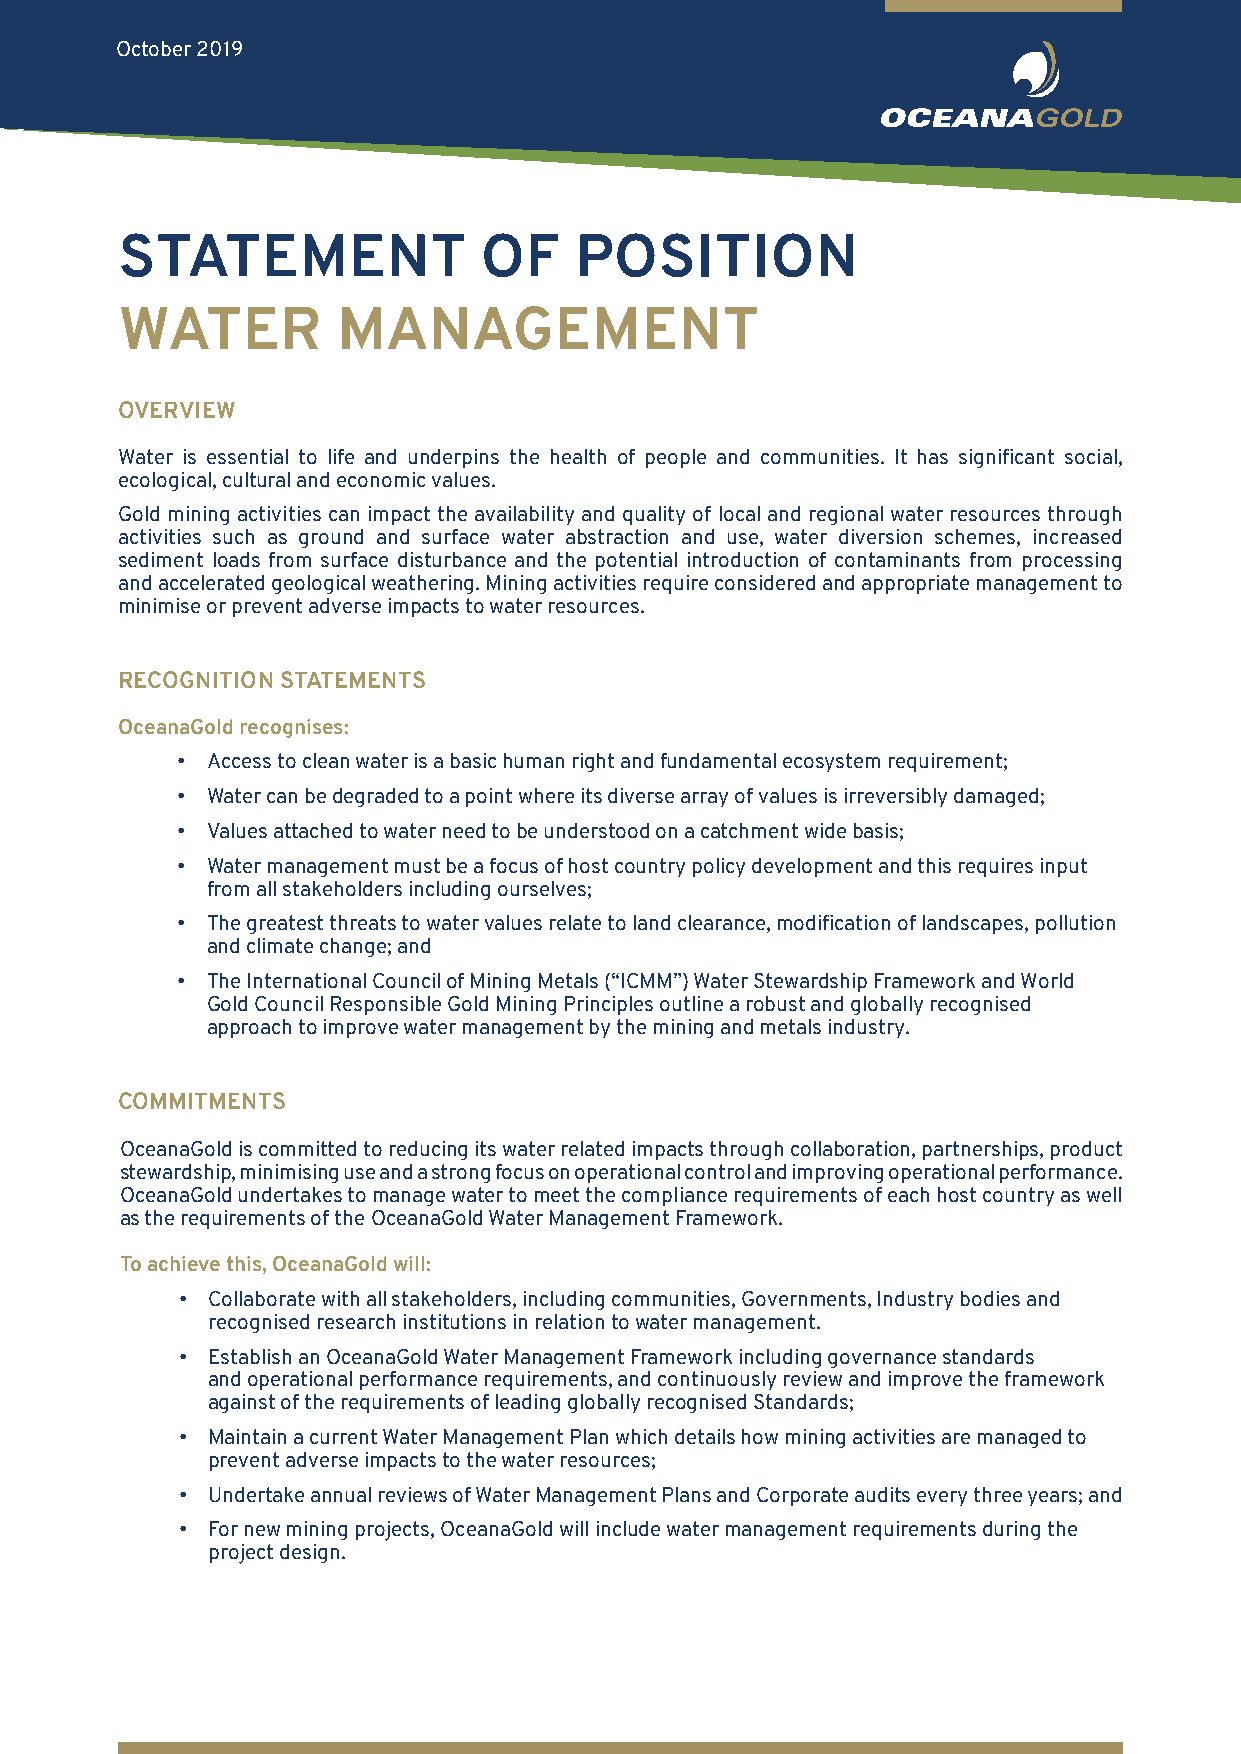
October 2019
 STATEMENT               OF    POSITION
 WATER         MANAGEMENT
 OVERVIEW
 Water is essential to life and underpins the health of people and communities. It has significant social,
 ecological, cultural and economic values.
 Gold mining activities can impact the availability and quality of local and regional water resources through
 activities such as ground and surface water abstraction and use, water diversion schemes, increased
 sediment loads from surface disturbance and the potential introduction of contaminants from processing
 and accelerated geological weathering. Mining activities require considered and appropriate management to
 minimise or prevent adverse impacts to water resources.
 RECOGNITION STATEMENTS
 OceanaGold recognises:
 • Access to clean water is a basic human right and fundamental ecosystem requirement;
 • Water can be degraded to a point where its diverse array of values is irreversibly damaged;
 • Values attached to water need to be understood on a catchment wide basis;
 • Water management must be a focus of host country policy development and this requires input
 from all stakeholders including ourselves;
 • The greatest threats to water values relate to land clearance, modification of landscapes, pollution
 and climate change; and
 • The International Council of Mining Metals (“ICMM”) Water Stewardship Framework and World
 Gold Council Responsible Gold Mining Principles outline a robust and globally recognised
 approach to improve water management by the mining and metals industry.
 COMMITMENTS
 OceanaGold is committed to reducing its water related impacts through collaboration, partnerships, product
 stewardship, minimising use and a strong focus on operational control and improving operational performance.
 OceanaGold undertakes to manage water to meet the compliance requirements of each host country as well
 as the requirements of the OceanaGold Water Management Framework.
 To achieve this, OceanaGold will:
 • Collaborate with all stakeholders, including communities, Governments, Industry bodies and
 recognised research institutions in relation to water management.
 • Establish an OceanaGold Water Management Framework including governance standards
 and operational performance requirements, and continuously review and improve the framework
 against of the requirements of leading globally recognised Standards;
 • Maintain a current Water Management Plan which details how mining activities are managed to
 prevent adverse impacts to the water resources;
 • Undertake annual reviews of Water Management Plans and Corporate audits every three years; and
 • For new mining projects, OceanaGold will include water management requirements during the
 project design.